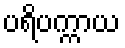
ပရိပက္ကာယ